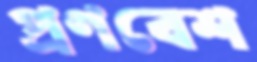
প্রণবেশ